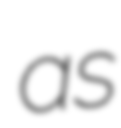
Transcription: as